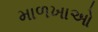
માળખાઓ